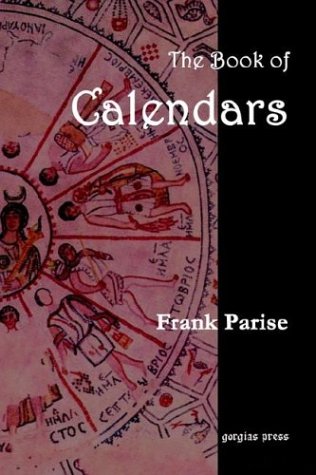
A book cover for The Book of Calendars; Frank Parise; Science & Math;